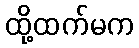
ထို့ထက်မက